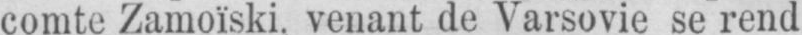
comte Zamoïski, venant de Varsovie se rend